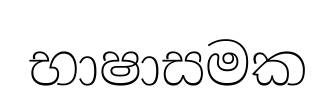
භාෂාසමක